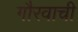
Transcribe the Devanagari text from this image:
गौरवाची